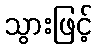
သွားဖြင့်